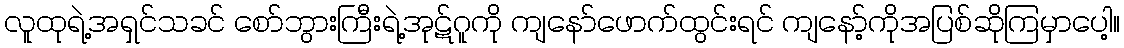
လူထုရဲ့အရှင်သခင် စော်ဘွားကြီးရဲ့အုဋ်ဂူကို ကျနော်ဖောက်ထွင်းရင် ကျနော့်ကိုအပြစ်ဆိုကြမှာပေါ့။